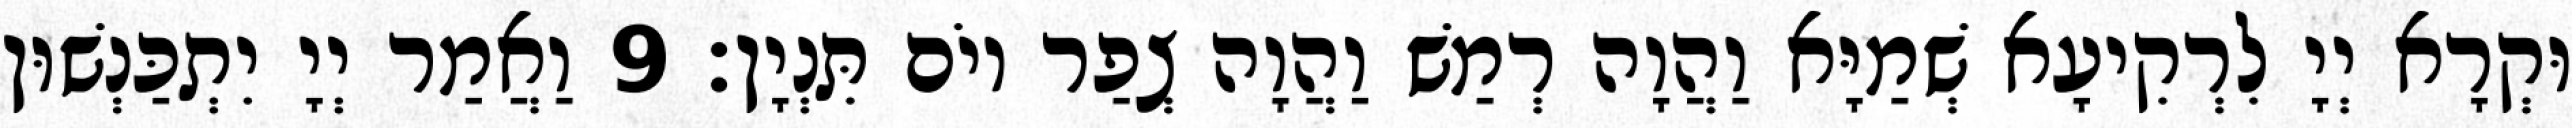
וּקְרָא יְיָ לִרְקִיעָא שְׁמַיָּא וַהֲוָה רְמַשׁ וַהֲוָה צְפַר יוֹם תִּנְיָן׃ 9 וַאֲמַר יְיָ יִתְכַּנְשׁוּן